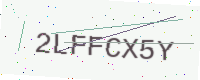
Text: 2LFFCX5Y